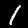
Digit: 1